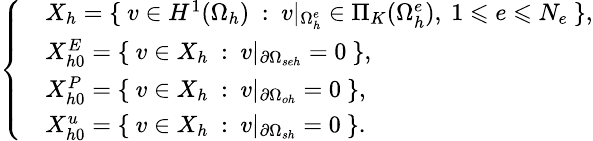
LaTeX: \small\left\{ \begin{array}{rl}&{X_{h}=\{ \ v\in H^{1}(\Omega_{h})\ :\ v|_{\Omega_{h}^{e}}\in\Pi_{K}(\Omega_{h}^{e}),\ 1\leqslant e\leqslant N_{e}\ \} ,}\\ &{X_{h0}^{E}=\{ \ v\in X_{h}\ :\ v|_{\partial\Omega_{seh}}=0\ \} ,}\\ &{X_{h0}^{P}=\{ \ v\in X_{h}\ :\ v|_{\partial\Omega_{oh}}=0\ \} ,}\\ &{X_{h0}^{u}=\{ \ v\in X_{h}\ :\ v|_{\partial\Omega_{sh}}=0\ \} .}\end{array}\right.